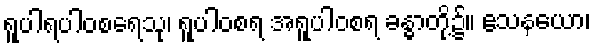
ရူပါရပါဝစရေသု၊ ရူပါဝစရ အရူပါဝစရ ခန္ဓာတို့၌။ ဧသနယော၊